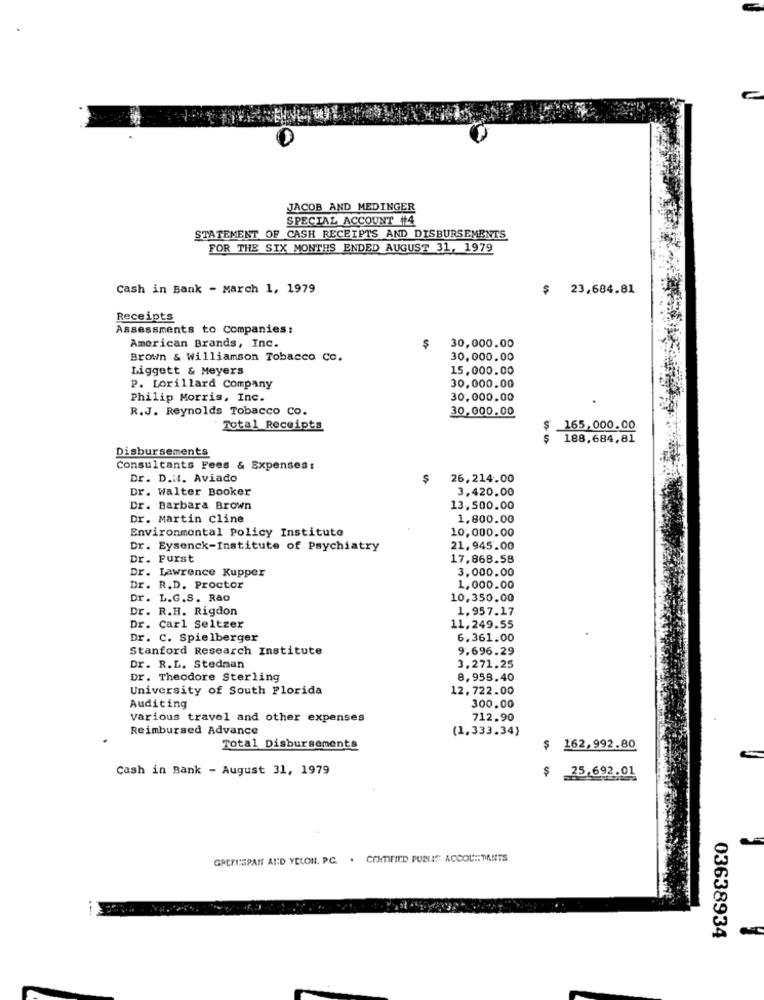
JACOB AND MEDINGER
SPECIAL ACCOUNT #4
STATEMENT OF CASH RECEIPTS AND DISBURSEMENTS
FOR THE SIX MONTHS ENDED AUGUST 31, 1979
Cash in Bank - March 1, 1979
$
23,684.81
Receipts
Assessments to Companies:
American Brands, Inc.
$
30,000.00
Brown & williamson Tobacco Co.
30,000.00
Liggett & Meyers
15,000.00
30,000.00
P. Lorillard Company
Philip Morris, Inc.
30,000.00
R.J. Reynolds Tobacco Co.
30,000.00
Total Receipts
$
165,000.00
$
188.684,81
Disbursements
Consultants Fees & Expenses:
Dr. D.HI. Aviado
$
26,214.00
Dr. Walter Booker
3,420.00
Dr. Barbara Brown
13.500.00
Dr. Martin cline
1.800.00
Environmental Policy Institute
10,000.00
Dr. Eysenck-Institute of Psychiatry
21,945.00
Dr. Furst
17.868.58
Dr. Lawrence Kupper
3,000.00
Dr. R.D. Proctor
1.000.00
Dr. L.G.S. Rao
10,350.00
Dr. R.H. Rigdon
1.957.17
Dr. Carl Seltzer
11,249.55
Dr. C. Spielberger
6.361.00
Stanford Research Institute
9.696.29
Dr. R.L. Stedman
3,271.25
Dr. Theodore Sterling
8,958.40
University of South Florida
12,722.00
300.00
Auditing
various travel and other expenses
712.90
Reimbursed Advance
(1,333.34)
Total Disbursements
$ 162,992.80
Cash in Bank - August 31, 1979
$ 25.692.01
GREFISPAN AND YELON. P.C. . CERTIFIED PUBLIC ACCOUNTANTS
03638934